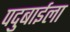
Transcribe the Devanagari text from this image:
पदुबाईला